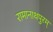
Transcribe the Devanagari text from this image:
रामानाथपुरम्